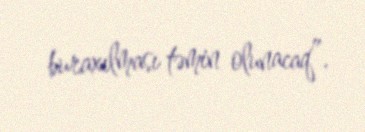
buraxılması təmin olunacaq”.